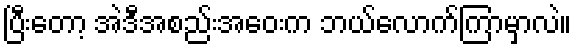
ပြီးတော့ အဲဒီအစည်းအဝေးက ဘယ်လောက်ကြာမှာလဲ။